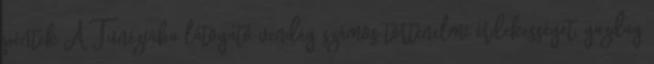
péntek A Tunéziába látogató vendég számos történelmi érdekességet, gazdag